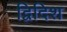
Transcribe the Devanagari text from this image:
द्विदिश